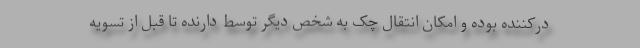
درکننده بوده و امکان انتقال چک به شخص دیگر توسط دارنده تا قبل از تسویه